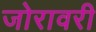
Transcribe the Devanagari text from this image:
जोरावरी